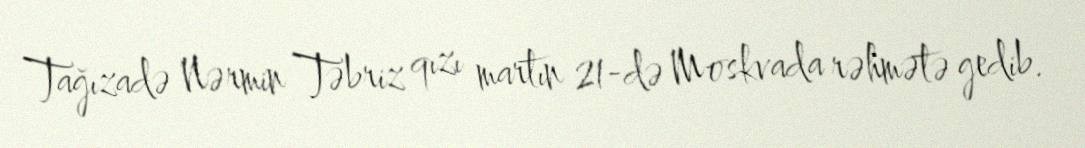
Tağızadə Nərmin Təbriz qızı martın 21-də Moskvada rəhmətə gedib.